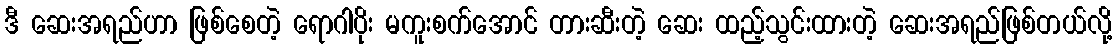
ဒီ ဆေးအရည်ဟာ ဖြစ်စေတဲ့ ရောဂါပိုး မကူးစက်အောင် တားဆီးတဲ့ ဆေး ထည့်သွင်းထားတဲ့ ဆေးအရည်ဖြစ်တယ်လို့